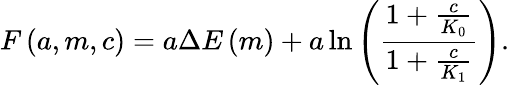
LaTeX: F\left(a,m,c\right)=a\Delta E\left(m\right)+a\ln\left(\frac{1+\frac{c}{K_{0}}}{1+\frac{c}{K_{1}}}\right).